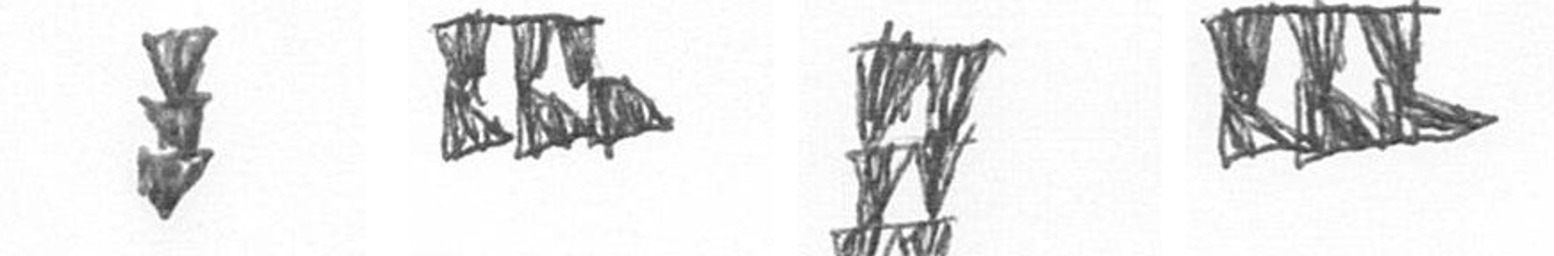
E D Y D